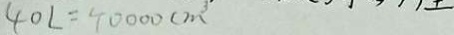
4 0 L = 4 0 0 0 0 c m ^ { 3 }